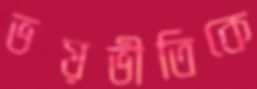
ভয়ভীতিকে